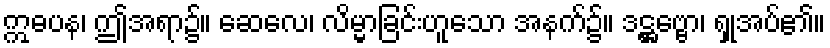
ဣဓပန၊ ဤအရာ၌။ ဆေလေ၊ လိမ္မာခြင်းဟူသော အနက်၌။ ဒဋ္ဌဗ္ဗော၊ ရှုအပ်၏။